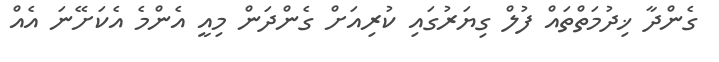
ގެންދާ ޚިދުމަތްތައް ފުލް ގިޔަރުގައި ކުރިއަށް ގެންދަން މިއީ އެންމެ އެކަށޭނަ އެއް